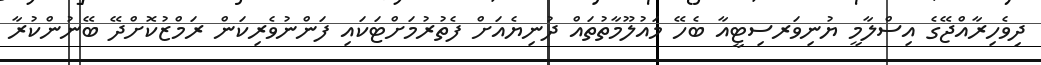
ދިވެހިރާއްޖޭގެ އިސްލާމީ ޔުނިވަރސިޓީއާ ބެހޭ މައުލޫމާތުތައް ދުނިޔެއަށް ފެތުރުމަށްޓަކައި ފަންނުވެރިކަން ރަމްޒުކޮށްދޭ ބޭނުންކުރާ